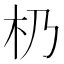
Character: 㭁